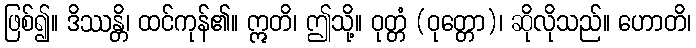
ဖြစ်၍။ ဒိဿန္တိ၊ ထင်ကုန်၏။ ဣတိ၊ ဤသို့။ ဝုတ္တံ (ဝုတ္တော)၊ ဆိုလိုသည်။ ဟောတိ၊